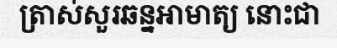
ត្រាស់សួរឆន្នអាមាត្យ នោះជា